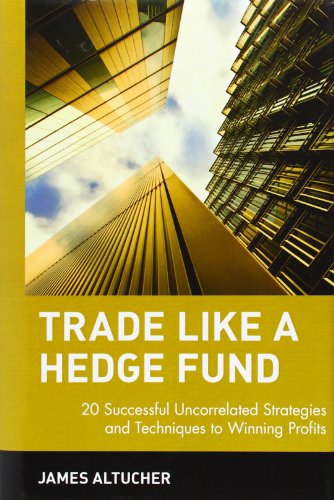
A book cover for Trade Like a Hedge Fund: 20 Successful Uncorrelated Strategies and Techniques to Winning Profits; James Altucher; Business & Money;